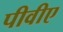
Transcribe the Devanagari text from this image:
पीवीए